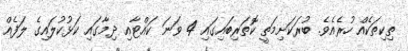
ތިކިތަކެއް ހުރެއެވެ. ބުރަކަށިމަތީ ކޮތަރިބައިގައި 4 ވަނަ ކައްޓާއި ދިމާގައި ކަޅުކުލައިގެ ލަފެއް